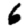
Digit: 6